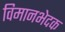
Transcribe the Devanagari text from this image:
विमानभेदक